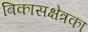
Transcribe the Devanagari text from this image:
बिकासक्षेत्रका